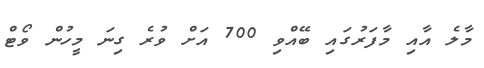
މާލެ އާއި މާފަރުގައި ބޭއްވި 700 އަށް ވުރެ ގިނަ މީހުން ވޯޓް